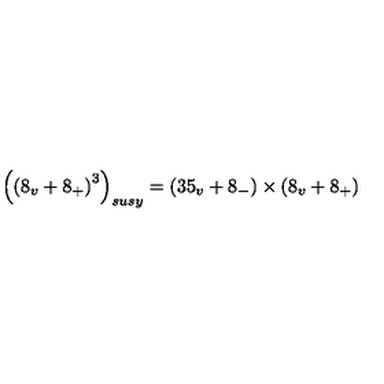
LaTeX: \left( \left( 8 _ { v } + 8 _ { + } \right) ^ { 3 } \right) _ { s u s y } = \left( 3 5 _ { v } + 8 _ { - } \right) \times \left( 8 _ { v } + 8 _ { + } \right)